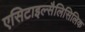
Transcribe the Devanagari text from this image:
एसिटाइल्सैलिसिलिक